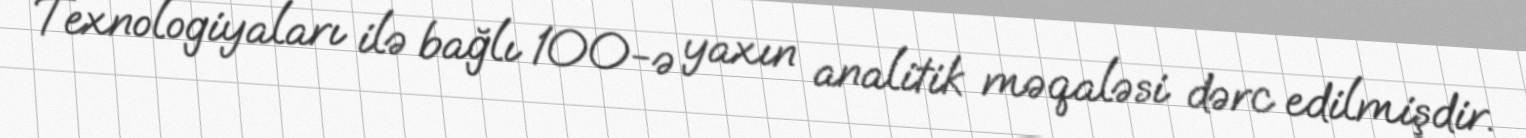
Texnologiyaları ilə bağlı 100-ə yaxın analitik məqaləsi dərc edilmişdir.